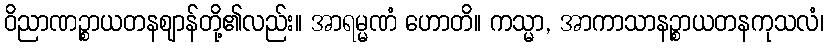
ဝိညာဏဉ္စာယတနဈာန်တို့၏လည်း။ အာရမ္မဏံ ဟောတိ။ ကသ္မာ, အာကာသာနဉ္စာယတနကုသလံ၊